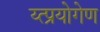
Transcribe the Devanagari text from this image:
य्त्प्रयोगेण